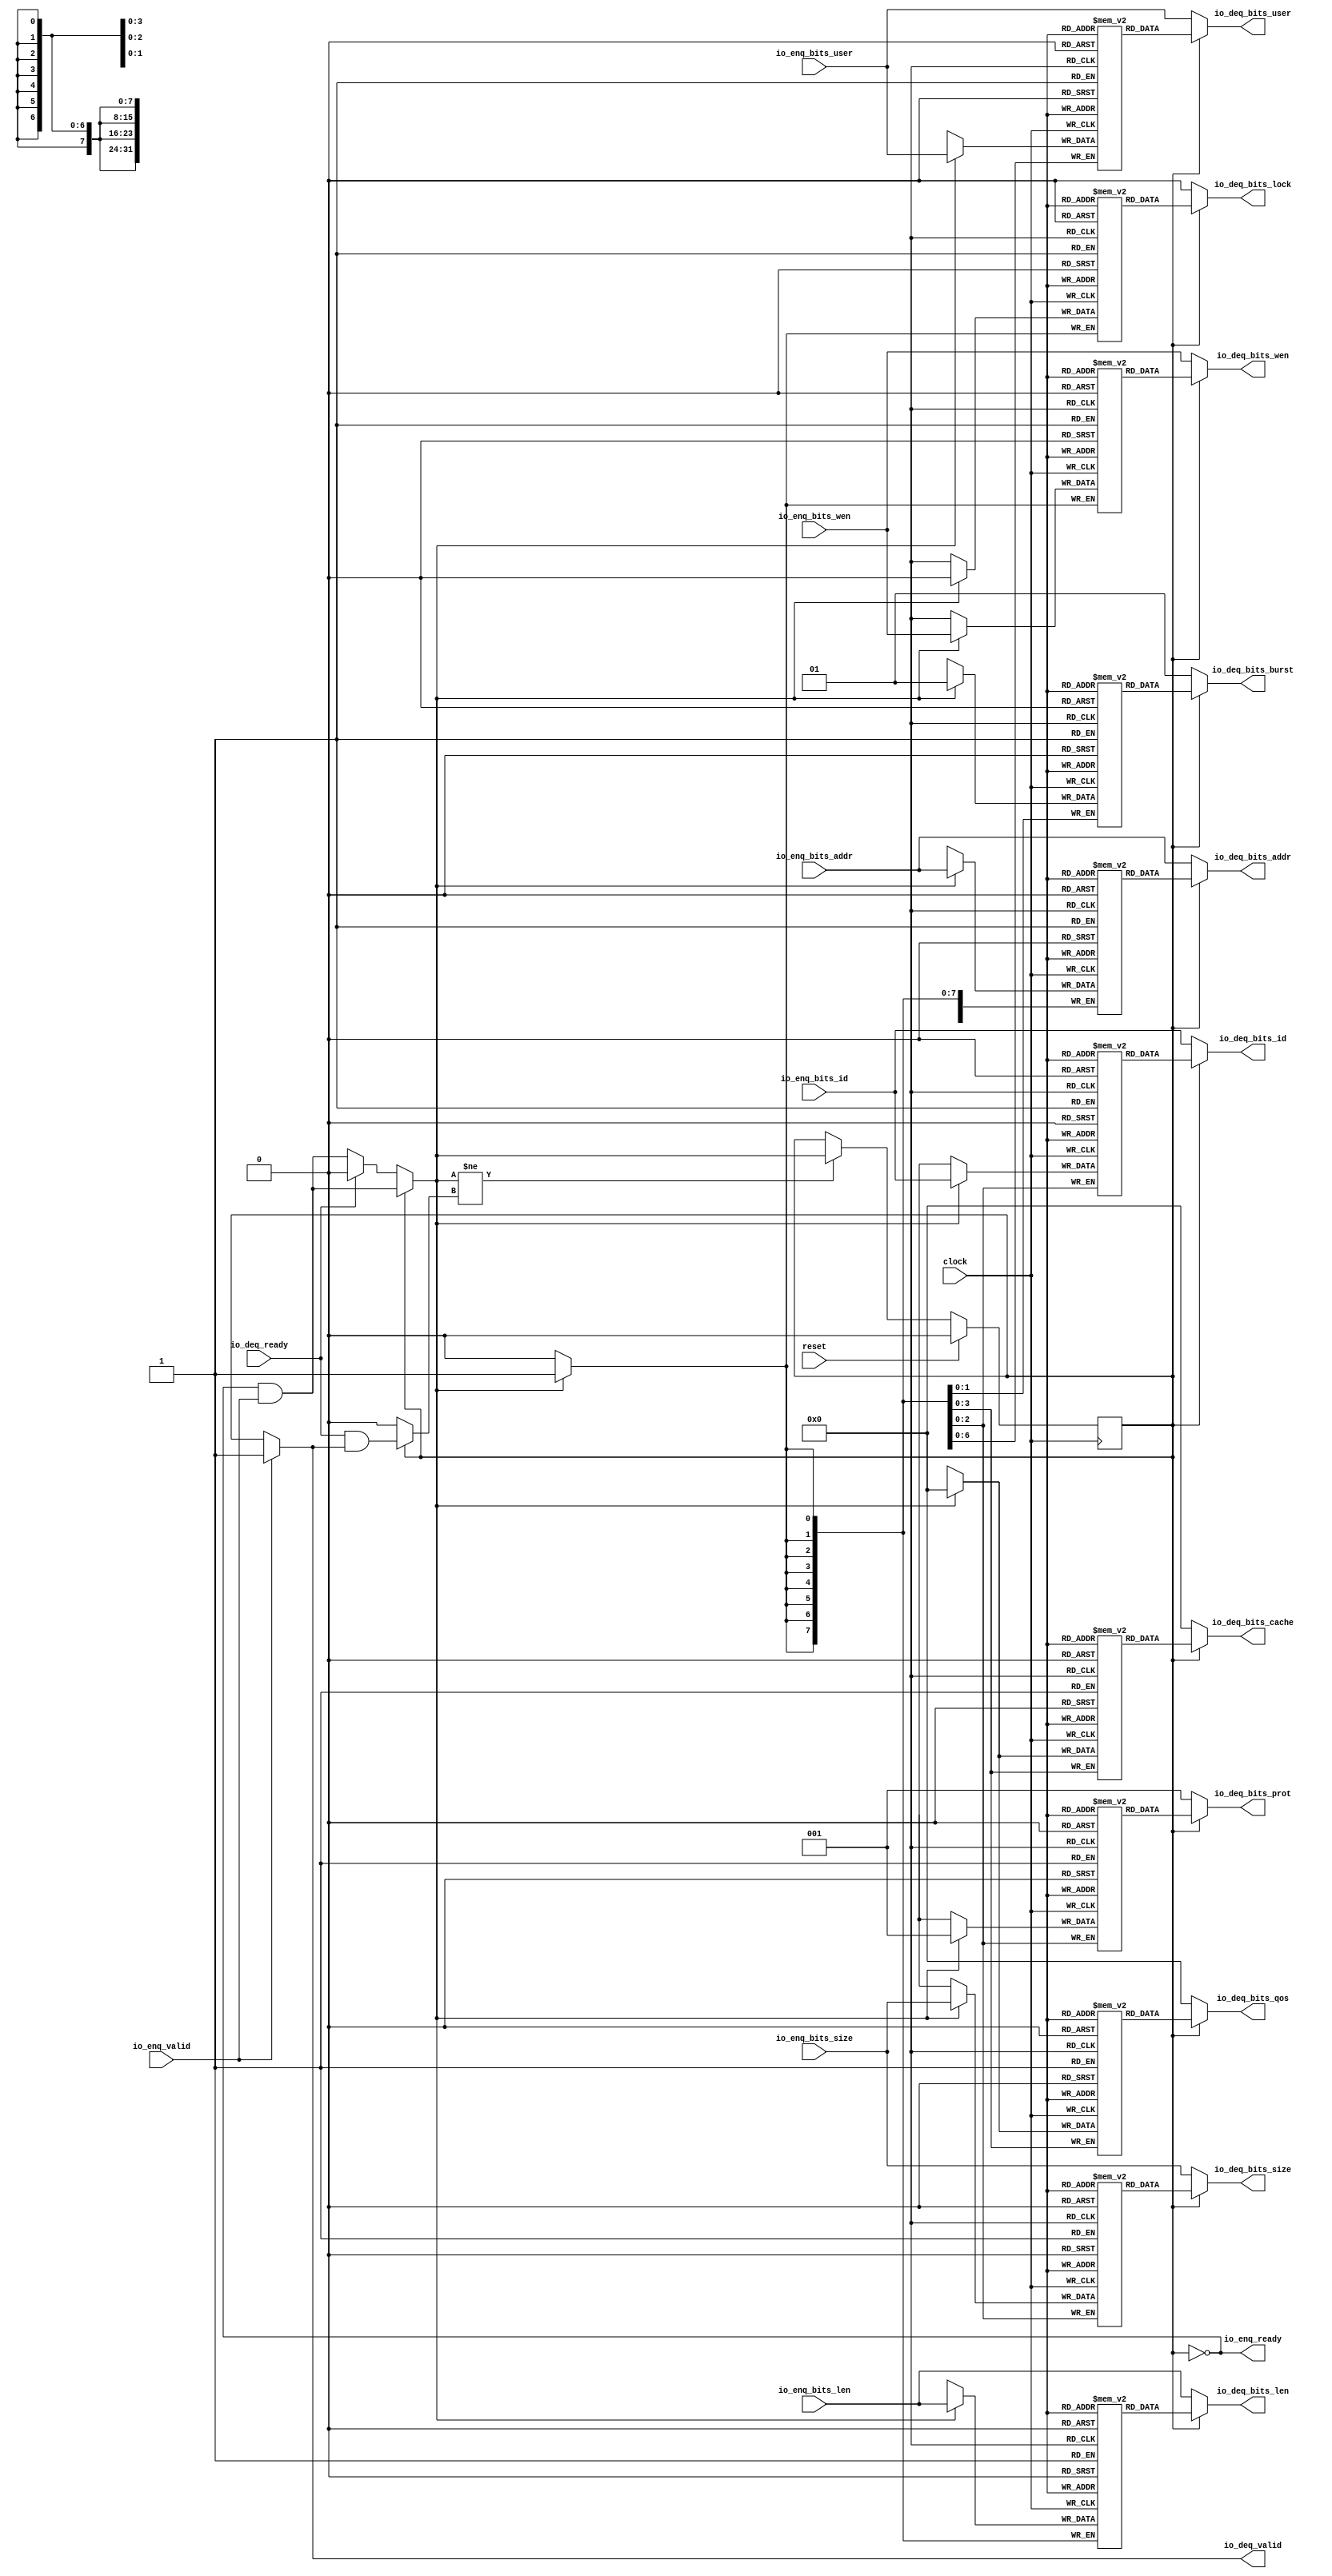
// Copyright (c) 2017, Microsemi Corporation
// All rights reserved.
//
// Redistribution and use in source and binary forms, with or without
// modification, are permitted provided that the following conditions are met:
//     * Redistributions of source code must retain the above copyright
//       notice, this list of conditions and the following disclaimer.
//     * Redistributions in binary form must reproduce the above copyright
//       notice, this list of conditions and the following disclaimer in the
//       documentation and/or other materials provided with the distribution.
//     * Neither the name of the <organization> nor the
//       names of its contributors may be used to endorse or promote products
//       derived from this software without specific prior written permission.
//
// THIS SOFTWARE IS PROVIDED BY THE COPYRIGHT HOLDERS AND CONTRIBUTORS "AS IS" AND
// ANY EXPRESS OR IMPLIED WARRANTIES, INCLUDING, BUT NOT LIMITED TO, THE IMPLIED
// WARRANTIES OF MERCHANTABILITY AND FITNESS FOR A PARTICULAR PURPOSE ARE
// DISCLAIMED. IN NO EVENT SHALL MICROSEMI CORPORATIONM BE LIABLE FOR ANY
// DIRECT, INDIRECT, INCIDENTAL, SPECIAL, EXEMPLARY, OR CONSEQUENTIAL DAMAGES
// (INCLUDING, BUT NOT LIMITED TO, PROCUREMENT OF SUBSTITUTE GOODS OR SERVICES;
// LOSS OF USE, DATA, OR PROFITS; OR BUSINESS INTERRUPTION) HOWEVER CAUSED AND
// ON ANY THEORY OF LIABILITY, WHETHER IN CONTRACT, STRICT LIABILITY, OR TORT
// (INCLUDING NEGLIGENCE OR OTHERWISE) ARISING IN ANY WAY OUT OF THE USE OF THIS
// SOFTWARE, EVEN IF ADVISED OF THE POSSIBILITY OF SUCH DAMAGE.
//
// APACHE LICENSE
// Copyright (c) 2017, Microsemi Corporation 
//
// Licensed under the Apache License, Version 2.0 (the "License");
// you may not use this file except in compliance with the License.
// You may obtain a copy of the License at
//
//    http://www.apache.org/licenses/LICENSE-2.0
//
// Unless required by applicable law or agreed to in writing, software
// distributed under the License is distributed on an "AS IS" BASIS,
// WITHOUT WARRANTIES OR CONDITIONS OF ANY KIND, either express or implied.
// See the License for the specific language governing permissions and
// limitations under the License.
//
// Description:
//
// SVN Revision Information:
// SVN $Revision: $
// SVN $Date: $
//
// Resolved SARs
// SAR      Date     Who   Description
//
// Notes:
//
// ****************************************************************************/
`ifndef RANDOMIZE_REG_INIT 
	 `define RANDOMIZE_REG_INIT 
 `endif
`ifndef RANDOMIZE_MEM_INIT 
	 `define RANDOMIZE_MEM_INIT 
 `endif
`ifndef RANDOMIZE 
	 `define RANDOMIZE 
`endif

`timescale 1ns/10ps
module MiV_AXI_MiV_AXI_0_MIV_RV32IMA_L1_AXI_QUEUE_17( // @[:freechips.rocketchip.system.MivRV32ImaL1AhbConfig.fir@111956.2]
  input         clock, // @[:freechips.rocketchip.system.MivRV32ImaL1AhbConfig.fir@111957.4]
  input         reset, // @[:freechips.rocketchip.system.MivRV32ImaL1AhbConfig.fir@111958.4]
  output        io_enq_ready, // @[:freechips.rocketchip.system.MivRV32ImaL1AhbConfig.fir@111959.4]
  input         io_enq_valid, // @[:freechips.rocketchip.system.MivRV32ImaL1AhbConfig.fir@111959.4]
  input  [2:0]  io_enq_bits_id, // @[:freechips.rocketchip.system.MivRV32ImaL1AhbConfig.fir@111959.4]
  input  [31:0] io_enq_bits_addr, // @[:freechips.rocketchip.system.MivRV32ImaL1AhbConfig.fir@111959.4]
  input  [7:0]  io_enq_bits_len, // @[:freechips.rocketchip.system.MivRV32ImaL1AhbConfig.fir@111959.4]
  input  [2:0]  io_enq_bits_size, // @[:freechips.rocketchip.system.MivRV32ImaL1AhbConfig.fir@111959.4]
  input  [6:0]  io_enq_bits_user, // @[:freechips.rocketchip.system.MivRV32ImaL1AhbConfig.fir@111959.4]
  input         io_enq_bits_wen, // @[:freechips.rocketchip.system.MivRV32ImaL1AhbConfig.fir@111959.4]
  input         io_deq_ready, // @[:freechips.rocketchip.system.MivRV32ImaL1AhbConfig.fir@111959.4]
  output        io_deq_valid, // @[:freechips.rocketchip.system.MivRV32ImaL1AhbConfig.fir@111959.4]
  output [2:0]  io_deq_bits_id, // @[:freechips.rocketchip.system.MivRV32ImaL1AhbConfig.fir@111959.4]
  output [31:0] io_deq_bits_addr, // @[:freechips.rocketchip.system.MivRV32ImaL1AhbConfig.fir@111959.4]
  output [7:0]  io_deq_bits_len, // @[:freechips.rocketchip.system.MivRV32ImaL1AhbConfig.fir@111959.4]
  output [2:0]  io_deq_bits_size, // @[:freechips.rocketchip.system.MivRV32ImaL1AhbConfig.fir@111959.4]
  output [1:0]  io_deq_bits_burst, // @[:freechips.rocketchip.system.MivRV32ImaL1AhbConfig.fir@111959.4]
  output        io_deq_bits_lock, // @[:freechips.rocketchip.system.MivRV32ImaL1AhbConfig.fir@111959.4]
  output [3:0]  io_deq_bits_cache, // @[:freechips.rocketchip.system.MivRV32ImaL1AhbConfig.fir@111959.4]
  output [2:0]  io_deq_bits_prot, // @[:freechips.rocketchip.system.MivRV32ImaL1AhbConfig.fir@111959.4]
  output [3:0]  io_deq_bits_qos, // @[:freechips.rocketchip.system.MivRV32ImaL1AhbConfig.fir@111959.4]
  output [6:0]  io_deq_bits_user, // @[:freechips.rocketchip.system.MivRV32ImaL1AhbConfig.fir@111959.4]
  output        io_deq_bits_wen // @[:freechips.rocketchip.system.MivRV32ImaL1AhbConfig.fir@111959.4]
);
  reg [2:0] ram_id [0:0] /* synthesis syn_ramstyle = "registers" */; // @[Decoupled.scala 211:24:freechips.rocketchip.system.MivRV32ImaL1AhbConfig.fir@111961.4]
  reg [31:0] _RAND_0;
  wire [2:0] ram_id__T_42_data; // @[Decoupled.scala 211:24:freechips.rocketchip.system.MivRV32ImaL1AhbConfig.fir@111961.4]
  wire  ram_id__T_42_addr; // @[Decoupled.scala 211:24:freechips.rocketchip.system.MivRV32ImaL1AhbConfig.fir@111961.4]
  wire [2:0] ram_id__T_33_data; // @[Decoupled.scala 211:24:freechips.rocketchip.system.MivRV32ImaL1AhbConfig.fir@111961.4]
  wire  ram_id__T_33_addr; // @[Decoupled.scala 211:24:freechips.rocketchip.system.MivRV32ImaL1AhbConfig.fir@111961.4]
  wire  ram_id__T_33_mask; // @[Decoupled.scala 211:24:freechips.rocketchip.system.MivRV32ImaL1AhbConfig.fir@111961.4]
  wire  ram_id__T_33_en; // @[Decoupled.scala 211:24:freechips.rocketchip.system.MivRV32ImaL1AhbConfig.fir@111961.4]
  reg [31:0] ram_addr [0:0] /* synthesis syn_ramstyle = "registers" */; // @[Decoupled.scala 211:24:freechips.rocketchip.system.MivRV32ImaL1AhbConfig.fir@111961.4]
  reg [31:0] _RAND_1;
  wire [31:0] ram_addr__T_42_data; // @[Decoupled.scala 211:24:freechips.rocketchip.system.MivRV32ImaL1AhbConfig.fir@111961.4]
  wire  ram_addr__T_42_addr; // @[Decoupled.scala 211:24:freechips.rocketchip.system.MivRV32ImaL1AhbConfig.fir@111961.4]
  wire [31:0] ram_addr__T_33_data; // @[Decoupled.scala 211:24:freechips.rocketchip.system.MivRV32ImaL1AhbConfig.fir@111961.4]
  wire  ram_addr__T_33_addr; // @[Decoupled.scala 211:24:freechips.rocketchip.system.MivRV32ImaL1AhbConfig.fir@111961.4]
  wire  ram_addr__T_33_mask; // @[Decoupled.scala 211:24:freechips.rocketchip.system.MivRV32ImaL1AhbConfig.fir@111961.4]
  wire  ram_addr__T_33_en; // @[Decoupled.scala 211:24:freechips.rocketchip.system.MivRV32ImaL1AhbConfig.fir@111961.4]
  reg [7:0] ram_len [0:0] /* synthesis syn_ramstyle = "registers" */; // @[Decoupled.scala 211:24:freechips.rocketchip.system.MivRV32ImaL1AhbConfig.fir@111961.4]
  reg [31:0] _RAND_2;
  wire [7:0] ram_len__T_42_data; // @[Decoupled.scala 211:24:freechips.rocketchip.system.MivRV32ImaL1AhbConfig.fir@111961.4]
  wire  ram_len__T_42_addr; // @[Decoupled.scala 211:24:freechips.rocketchip.system.MivRV32ImaL1AhbConfig.fir@111961.4]
  wire [7:0] ram_len__T_33_data; // @[Decoupled.scala 211:24:freechips.rocketchip.system.MivRV32ImaL1AhbConfig.fir@111961.4]
  wire  ram_len__T_33_addr; // @[Decoupled.scala 211:24:freechips.rocketchip.system.MivRV32ImaL1AhbConfig.fir@111961.4]
  wire  ram_len__T_33_mask; // @[Decoupled.scala 211:24:freechips.rocketchip.system.MivRV32ImaL1AhbConfig.fir@111961.4]
  wire  ram_len__T_33_en; // @[Decoupled.scala 211:24:freechips.rocketchip.system.MivRV32ImaL1AhbConfig.fir@111961.4]
  reg [2:0] ram_size [0:0] /* synthesis syn_ramstyle = "registers" */; // @[Decoupled.scala 211:24:freechips.rocketchip.system.MivRV32ImaL1AhbConfig.fir@111961.4]
  reg [31:0] _RAND_3;
  wire [2:0] ram_size__T_42_data; // @[Decoupled.scala 211:24:freechips.rocketchip.system.MivRV32ImaL1AhbConfig.fir@111961.4]
  wire  ram_size__T_42_addr; // @[Decoupled.scala 211:24:freechips.rocketchip.system.MivRV32ImaL1AhbConfig.fir@111961.4]
  wire [2:0] ram_size__T_33_data; // @[Decoupled.scala 211:24:freechips.rocketchip.system.MivRV32ImaL1AhbConfig.fir@111961.4]
  wire  ram_size__T_33_addr; // @[Decoupled.scala 211:24:freechips.rocketchip.system.MivRV32ImaL1AhbConfig.fir@111961.4]
  wire  ram_size__T_33_mask; // @[Decoupled.scala 211:24:freechips.rocketchip.system.MivRV32ImaL1AhbConfig.fir@111961.4]
  wire  ram_size__T_33_en; // @[Decoupled.scala 211:24:freechips.rocketchip.system.MivRV32ImaL1AhbConfig.fir@111961.4]
  reg [1:0] ram_burst [0:0] /* synthesis syn_ramstyle = "registers" */; // @[Decoupled.scala 211:24:freechips.rocketchip.system.MivRV32ImaL1AhbConfig.fir@111961.4]
  reg [31:0] _RAND_4;
  wire [1:0] ram_burst__T_42_data; // @[Decoupled.scala 211:24:freechips.rocketchip.system.MivRV32ImaL1AhbConfig.fir@111961.4]
  wire  ram_burst__T_42_addr; // @[Decoupled.scala 211:24:freechips.rocketchip.system.MivRV32ImaL1AhbConfig.fir@111961.4]
  wire [1:0] ram_burst__T_33_data; // @[Decoupled.scala 211:24:freechips.rocketchip.system.MivRV32ImaL1AhbConfig.fir@111961.4]
  wire  ram_burst__T_33_addr; // @[Decoupled.scala 211:24:freechips.rocketchip.system.MivRV32ImaL1AhbConfig.fir@111961.4]
  wire  ram_burst__T_33_mask; // @[Decoupled.scala 211:24:freechips.rocketchip.system.MivRV32ImaL1AhbConfig.fir@111961.4]
  wire  ram_burst__T_33_en; // @[Decoupled.scala 211:24:freechips.rocketchip.system.MivRV32ImaL1AhbConfig.fir@111961.4]
  reg  ram_lock [0:0]; // @[Decoupled.scala 211:24:freechips.rocketchip.system.MivRV32ImaL1AhbConfig.fir@111961.4]
  reg [31:0] _RAND_5;
  wire  ram_lock__T_42_data; // @[Decoupled.scala 211:24:freechips.rocketchip.system.MivRV32ImaL1AhbConfig.fir@111961.4]
  wire  ram_lock__T_42_addr; // @[Decoupled.scala 211:24:freechips.rocketchip.system.MivRV32ImaL1AhbConfig.fir@111961.4]
  wire  ram_lock__T_33_data; // @[Decoupled.scala 211:24:freechips.rocketchip.system.MivRV32ImaL1AhbConfig.fir@111961.4]
  wire  ram_lock__T_33_addr; // @[Decoupled.scala 211:24:freechips.rocketchip.system.MivRV32ImaL1AhbConfig.fir@111961.4]
  wire  ram_lock__T_33_mask; // @[Decoupled.scala 211:24:freechips.rocketchip.system.MivRV32ImaL1AhbConfig.fir@111961.4]
  wire  ram_lock__T_33_en; // @[Decoupled.scala 211:24:freechips.rocketchip.system.MivRV32ImaL1AhbConfig.fir@111961.4]
  reg [3:0] ram_cache [0:0] /* synthesis syn_ramstyle = "registers" */; // @[Decoupled.scala 211:24:freechips.rocketchip.system.MivRV32ImaL1AhbConfig.fir@111961.4]
  reg [31:0] _RAND_6;
  wire [3:0] ram_cache__T_42_data; // @[Decoupled.scala 211:24:freechips.rocketchip.system.MivRV32ImaL1AhbConfig.fir@111961.4]
  wire  ram_cache__T_42_addr; // @[Decoupled.scala 211:24:freechips.rocketchip.system.MivRV32ImaL1AhbConfig.fir@111961.4]
  wire [3:0] ram_cache__T_33_data; // @[Decoupled.scala 211:24:freechips.rocketchip.system.MivRV32ImaL1AhbConfig.fir@111961.4]
  wire  ram_cache__T_33_addr; // @[Decoupled.scala 211:24:freechips.rocketchip.system.MivRV32ImaL1AhbConfig.fir@111961.4]
  wire  ram_cache__T_33_mask; // @[Decoupled.scala 211:24:freechips.rocketchip.system.MivRV32ImaL1AhbConfig.fir@111961.4]
  wire  ram_cache__T_33_en; // @[Decoupled.scala 211:24:freechips.rocketchip.system.MivRV32ImaL1AhbConfig.fir@111961.4]
  reg [2:0] ram_prot [0:0] /* synthesis syn_ramstyle = "registers" */; // @[Decoupled.scala 211:24:freechips.rocketchip.system.MivRV32ImaL1AhbConfig.fir@111961.4]
  reg [31:0] _RAND_7;
  wire [2:0] ram_prot__T_42_data; // @[Decoupled.scala 211:24:freechips.rocketchip.system.MivRV32ImaL1AhbConfig.fir@111961.4]
  wire  ram_prot__T_42_addr; // @[Decoupled.scala 211:24:freechips.rocketchip.system.MivRV32ImaL1AhbConfig.fir@111961.4]
  wire [2:0] ram_prot__T_33_data; // @[Decoupled.scala 211:24:freechips.rocketchip.system.MivRV32ImaL1AhbConfig.fir@111961.4]
  wire  ram_prot__T_33_addr; // @[Decoupled.scala 211:24:freechips.rocketchip.system.MivRV32ImaL1AhbConfig.fir@111961.4]
  wire  ram_prot__T_33_mask; // @[Decoupled.scala 211:24:freechips.rocketchip.system.MivRV32ImaL1AhbConfig.fir@111961.4]
  wire  ram_prot__T_33_en; // @[Decoupled.scala 211:24:freechips.rocketchip.system.MivRV32ImaL1AhbConfig.fir@111961.4]
  reg [3:0] ram_qos [0:0] /* synthesis syn_ramstyle = "registers" */; // @[Decoupled.scala 211:24:freechips.rocketchip.system.MivRV32ImaL1AhbConfig.fir@111961.4]
  reg [31:0] _RAND_8;
  wire [3:0] ram_qos__T_42_data; // @[Decoupled.scala 211:24:freechips.rocketchip.system.MivRV32ImaL1AhbConfig.fir@111961.4]
  wire  ram_qos__T_42_addr; // @[Decoupled.scala 211:24:freechips.rocketchip.system.MivRV32ImaL1AhbConfig.fir@111961.4]
  wire [3:0] ram_qos__T_33_data; // @[Decoupled.scala 211:24:freechips.rocketchip.system.MivRV32ImaL1AhbConfig.fir@111961.4]
  wire  ram_qos__T_33_addr; // @[Decoupled.scala 211:24:freechips.rocketchip.system.MivRV32ImaL1AhbConfig.fir@111961.4]
  wire  ram_qos__T_33_mask; // @[Decoupled.scala 211:24:freechips.rocketchip.system.MivRV32ImaL1AhbConfig.fir@111961.4]
  wire  ram_qos__T_33_en; // @[Decoupled.scala 211:24:freechips.rocketchip.system.MivRV32ImaL1AhbConfig.fir@111961.4]
  reg [6:0] ram_user [0:0] /* synthesis syn_ramstyle = "registers" */; // @[Decoupled.scala 211:24:freechips.rocketchip.system.MivRV32ImaL1AhbConfig.fir@111961.4]
  reg [31:0] _RAND_9;
  wire [6:0] ram_user__T_42_data; // @[Decoupled.scala 211:24:freechips.rocketchip.system.MivRV32ImaL1AhbConfig.fir@111961.4]
  wire  ram_user__T_42_addr; // @[Decoupled.scala 211:24:freechips.rocketchip.system.MivRV32ImaL1AhbConfig.fir@111961.4]
  wire [6:0] ram_user__T_33_data; // @[Decoupled.scala 211:24:freechips.rocketchip.system.MivRV32ImaL1AhbConfig.fir@111961.4]
  wire  ram_user__T_33_addr; // @[Decoupled.scala 211:24:freechips.rocketchip.system.MivRV32ImaL1AhbConfig.fir@111961.4]
  wire  ram_user__T_33_mask; // @[Decoupled.scala 211:24:freechips.rocketchip.system.MivRV32ImaL1AhbConfig.fir@111961.4]
  wire  ram_user__T_33_en; // @[Decoupled.scala 211:24:freechips.rocketchip.system.MivRV32ImaL1AhbConfig.fir@111961.4]
  reg  ram_wen [0:0]; // @[Decoupled.scala 211:24:freechips.rocketchip.system.MivRV32ImaL1AhbConfig.fir@111961.4]
  reg [31:0] _RAND_10;
  wire  ram_wen__T_42_data; // @[Decoupled.scala 211:24:freechips.rocketchip.system.MivRV32ImaL1AhbConfig.fir@111961.4]
  wire  ram_wen__T_42_addr; // @[Decoupled.scala 211:24:freechips.rocketchip.system.MivRV32ImaL1AhbConfig.fir@111961.4]
  wire  ram_wen__T_33_data; // @[Decoupled.scala 211:24:freechips.rocketchip.system.MivRV32ImaL1AhbConfig.fir@111961.4]
  wire  ram_wen__T_33_addr; // @[Decoupled.scala 211:24:freechips.rocketchip.system.MivRV32ImaL1AhbConfig.fir@111961.4]
  wire  ram_wen__T_33_mask; // @[Decoupled.scala 211:24:freechips.rocketchip.system.MivRV32ImaL1AhbConfig.fir@111961.4]
  wire  ram_wen__T_33_en; // @[Decoupled.scala 211:24:freechips.rocketchip.system.MivRV32ImaL1AhbConfig.fir@111961.4]
  reg  maybe_full; // @[Decoupled.scala 214:35:freechips.rocketchip.system.MivRV32ImaL1AhbConfig.fir@111962.4]
  reg [31:0] _RAND_11;
  wire  empty; // @[Decoupled.scala 217:36:freechips.rocketchip.system.MivRV32ImaL1AhbConfig.fir@111964.4]
  wire  _T_28; // @[Decoupled.scala 30:37:freechips.rocketchip.system.MivRV32ImaL1AhbConfig.fir@111967.4]
  wire  _T_30; // @[Decoupled.scala 30:37:freechips.rocketchip.system.MivRV32ImaL1AhbConfig.fir@111970.4]
  wire  _GEN_16; // @[Decoupled.scala 242:27:freechips.rocketchip.system.MivRV32ImaL1AhbConfig.fir@112025.6]
  wire  do_enq; // @[Decoupled.scala 239:18:freechips.rocketchip.system.MivRV32ImaL1AhbConfig.fir@112012.4]
  wire  do_deq; // @[Decoupled.scala 239:18:freechips.rocketchip.system.MivRV32ImaL1AhbConfig.fir@112012.4]
  wire  _T_36; // @[Decoupled.scala 229:16:freechips.rocketchip.system.MivRV32ImaL1AhbConfig.fir@111989.4]
  wire  _GEN_14; // @[Decoupled.scala 229:27:freechips.rocketchip.system.MivRV32ImaL1AhbConfig.fir@111990.4]
  wire  _T_38; // @[Decoupled.scala 233:19:freechips.rocketchip.system.MivRV32ImaL1AhbConfig.fir@111993.4]
  wire  _GEN_15; // @[Decoupled.scala 238:25:freechips.rocketchip.system.MivRV32ImaL1AhbConfig.fir@112009.4]
  wire  _GEN_17; // @[Decoupled.scala 239:18:freechips.rocketchip.system.MivRV32ImaL1AhbConfig.fir@112012.4]
  wire [6:0] _GEN_18; // @[Decoupled.scala 239:18:freechips.rocketchip.system.MivRV32ImaL1AhbConfig.fir@112012.4]
  wire [3:0] _GEN_19; // @[Decoupled.scala 239:18:freechips.rocketchip.system.MivRV32ImaL1AhbConfig.fir@112012.4]
  wire [2:0] _GEN_20; // @[Decoupled.scala 239:18:freechips.rocketchip.system.MivRV32ImaL1AhbConfig.fir@112012.4]
  wire [3:0] _GEN_21; // @[Decoupled.scala 239:18:freechips.rocketchip.system.MivRV32ImaL1AhbConfig.fir@112012.4]
  wire  _GEN_22; // @[Decoupled.scala 239:18:freechips.rocketchip.system.MivRV32ImaL1AhbConfig.fir@112012.4]
  wire [1:0] _GEN_23; // @[Decoupled.scala 239:18:freechips.rocketchip.system.MivRV32ImaL1AhbConfig.fir@112012.4]
  wire [2:0] _GEN_24; // @[Decoupled.scala 239:18:freechips.rocketchip.system.MivRV32ImaL1AhbConfig.fir@112012.4]
  wire [7:0] _GEN_25; // @[Decoupled.scala 239:18:freechips.rocketchip.system.MivRV32ImaL1AhbConfig.fir@112012.4]
  wire [31:0] _GEN_26; // @[Decoupled.scala 239:18:freechips.rocketchip.system.MivRV32ImaL1AhbConfig.fir@112012.4]
  wire [2:0] _GEN_27; // @[Decoupled.scala 239:18:freechips.rocketchip.system.MivRV32ImaL1AhbConfig.fir@112012.4]
  assign ram_id__T_42_addr = 1'h0;
  assign ram_id__T_42_data = ram_id[ram_id__T_42_addr]; // @[Decoupled.scala 211:24:freechips.rocketchip.system.MivRV32ImaL1AhbConfig.fir@111961.4]
  assign ram_id__T_33_data = io_enq_bits_id;
  assign ram_id__T_33_addr = 1'h0;
  assign ram_id__T_33_mask = do_enq;
  assign ram_id__T_33_en = do_enq;
  assign ram_addr__T_42_addr = 1'h0;
  assign ram_addr__T_42_data = ram_addr[ram_addr__T_42_addr]; // @[Decoupled.scala 211:24:freechips.rocketchip.system.MivRV32ImaL1AhbConfig.fir@111961.4]
  assign ram_addr__T_33_data = io_enq_bits_addr;
  assign ram_addr__T_33_addr = 1'h0;
  assign ram_addr__T_33_mask = do_enq;
  assign ram_addr__T_33_en = do_enq;
  assign ram_len__T_42_addr = 1'h0;
  assign ram_len__T_42_data = ram_len[ram_len__T_42_addr]; // @[Decoupled.scala 211:24:freechips.rocketchip.system.MivRV32ImaL1AhbConfig.fir@111961.4]
  assign ram_len__T_33_data = io_enq_bits_len;
  assign ram_len__T_33_addr = 1'h0;
  assign ram_len__T_33_mask = do_enq;
  assign ram_len__T_33_en = do_enq;
  assign ram_size__T_42_addr = 1'h0;
  assign ram_size__T_42_data = ram_size[ram_size__T_42_addr]; // @[Decoupled.scala 211:24:freechips.rocketchip.system.MivRV32ImaL1AhbConfig.fir@111961.4]
  assign ram_size__T_33_data = io_enq_bits_size;
  assign ram_size__T_33_addr = 1'h0;
  assign ram_size__T_33_mask = do_enq;
  assign ram_size__T_33_en = do_enq;
  assign ram_burst__T_42_addr = 1'h0;
  assign ram_burst__T_42_data = ram_burst[ram_burst__T_42_addr]; // @[Decoupled.scala 211:24:freechips.rocketchip.system.MivRV32ImaL1AhbConfig.fir@111961.4]
  assign ram_burst__T_33_data = 2'h1;
  assign ram_burst__T_33_addr = 1'h0;
  assign ram_burst__T_33_mask = do_enq;
  assign ram_burst__T_33_en = do_enq;
  assign ram_lock__T_42_addr = 1'h0;
  assign ram_lock__T_42_data = ram_lock[ram_lock__T_42_addr]; // @[Decoupled.scala 211:24:freechips.rocketchip.system.MivRV32ImaL1AhbConfig.fir@111961.4]
  assign ram_lock__T_33_data = 1'h0;
  assign ram_lock__T_33_addr = 1'h0;
  assign ram_lock__T_33_mask = do_enq;
  assign ram_lock__T_33_en = do_enq;
  assign ram_cache__T_42_addr = 1'h0;
  assign ram_cache__T_42_data = ram_cache[ram_cache__T_42_addr]; // @[Decoupled.scala 211:24:freechips.rocketchip.system.MivRV32ImaL1AhbConfig.fir@111961.4]
  assign ram_cache__T_33_data = 4'h0;
  assign ram_cache__T_33_addr = 1'h0;
  assign ram_cache__T_33_mask = do_enq;
  assign ram_cache__T_33_en = do_enq;
  assign ram_prot__T_42_addr = 1'h0;
  assign ram_prot__T_42_data = ram_prot[ram_prot__T_42_addr]; // @[Decoupled.scala 211:24:freechips.rocketchip.system.MivRV32ImaL1AhbConfig.fir@111961.4]
  assign ram_prot__T_33_data = 3'h1;
  assign ram_prot__T_33_addr = 1'h0;
  assign ram_prot__T_33_mask = do_enq;
  assign ram_prot__T_33_en = do_enq;
  assign ram_qos__T_42_addr = 1'h0;
  assign ram_qos__T_42_data = ram_qos[ram_qos__T_42_addr]; // @[Decoupled.scala 211:24:freechips.rocketchip.system.MivRV32ImaL1AhbConfig.fir@111961.4]
  assign ram_qos__T_33_data = 4'h0;
  assign ram_qos__T_33_addr = 1'h0;
  assign ram_qos__T_33_mask = do_enq;
  assign ram_qos__T_33_en = do_enq;
  assign ram_user__T_42_addr = 1'h0;
  assign ram_user__T_42_data = ram_user[ram_user__T_42_addr]; // @[Decoupled.scala 211:24:freechips.rocketchip.system.MivRV32ImaL1AhbConfig.fir@111961.4]
  assign ram_user__T_33_data = io_enq_bits_user;
  assign ram_user__T_33_addr = 1'h0;
  assign ram_user__T_33_mask = do_enq;
  assign ram_user__T_33_en = do_enq;
  assign ram_wen__T_42_addr = 1'h0;
  assign ram_wen__T_42_data = ram_wen[ram_wen__T_42_addr]; // @[Decoupled.scala 211:24:freechips.rocketchip.system.MivRV32ImaL1AhbConfig.fir@111961.4]
  assign ram_wen__T_33_data = io_enq_bits_wen;
  assign ram_wen__T_33_addr = 1'h0;
  assign ram_wen__T_33_mask = do_enq;
  assign ram_wen__T_33_en = do_enq;
  assign empty = maybe_full == 1'h0; // @[Decoupled.scala 217:36:freechips.rocketchip.system.MivRV32ImaL1AhbConfig.fir@111964.4]
  assign _T_28 = io_enq_ready & io_enq_valid; // @[Decoupled.scala 30:37:freechips.rocketchip.system.MivRV32ImaL1AhbConfig.fir@111967.4]
  assign _T_30 = io_deq_ready & io_deq_valid; // @[Decoupled.scala 30:37:freechips.rocketchip.system.MivRV32ImaL1AhbConfig.fir@111970.4]
  assign _GEN_16 = io_deq_ready ? 1'h0 : _T_28; // @[Decoupled.scala 242:27:freechips.rocketchip.system.MivRV32ImaL1AhbConfig.fir@112025.6]
  assign do_enq = empty ? _GEN_16 : _T_28; // @[Decoupled.scala 239:18:freechips.rocketchip.system.MivRV32ImaL1AhbConfig.fir@112012.4]
  assign do_deq = empty ? 1'h0 : _T_30; // @[Decoupled.scala 239:18:freechips.rocketchip.system.MivRV32ImaL1AhbConfig.fir@112012.4]
  assign _T_36 = do_enq != do_deq; // @[Decoupled.scala 229:16:freechips.rocketchip.system.MivRV32ImaL1AhbConfig.fir@111989.4]
  assign _GEN_14 = _T_36 ? do_enq : maybe_full; // @[Decoupled.scala 229:27:freechips.rocketchip.system.MivRV32ImaL1AhbConfig.fir@111990.4]
  assign _T_38 = empty == 1'h0; // @[Decoupled.scala 233:19:freechips.rocketchip.system.MivRV32ImaL1AhbConfig.fir@111993.4]
  assign _GEN_15 = io_enq_valid ? 1'h1 : _T_38; // @[Decoupled.scala 238:25:freechips.rocketchip.system.MivRV32ImaL1AhbConfig.fir@112009.4]
  assign _GEN_17 = empty ? io_enq_bits_wen : ram_wen__T_42_data; // @[Decoupled.scala 239:18:freechips.rocketchip.system.MivRV32ImaL1AhbConfig.fir@112012.4]
  assign _GEN_18 = empty ? io_enq_bits_user : ram_user__T_42_data; // @[Decoupled.scala 239:18:freechips.rocketchip.system.MivRV32ImaL1AhbConfig.fir@112012.4]
  assign _GEN_19 = empty ? 4'h0 : ram_qos__T_42_data; // @[Decoupled.scala 239:18:freechips.rocketchip.system.MivRV32ImaL1AhbConfig.fir@112012.4]
  assign _GEN_20 = empty ? 3'h1 : ram_prot__T_42_data; // @[Decoupled.scala 239:18:freechips.rocketchip.system.MivRV32ImaL1AhbConfig.fir@112012.4]
  assign _GEN_21 = empty ? 4'h0 : ram_cache__T_42_data; // @[Decoupled.scala 239:18:freechips.rocketchip.system.MivRV32ImaL1AhbConfig.fir@112012.4]
  assign _GEN_22 = empty ? 1'h0 : ram_lock__T_42_data; // @[Decoupled.scala 239:18:freechips.rocketchip.system.MivRV32ImaL1AhbConfig.fir@112012.4]
  assign _GEN_23 = empty ? 2'h1 : ram_burst__T_42_data; // @[Decoupled.scala 239:18:freechips.rocketchip.system.MivRV32ImaL1AhbConfig.fir@112012.4]
  assign _GEN_24 = empty ? io_enq_bits_size : ram_size__T_42_data; // @[Decoupled.scala 239:18:freechips.rocketchip.system.MivRV32ImaL1AhbConfig.fir@112012.4]
  assign _GEN_25 = empty ? io_enq_bits_len : ram_len__T_42_data; // @[Decoupled.scala 239:18:freechips.rocketchip.system.MivRV32ImaL1AhbConfig.fir@112012.4]
  assign _GEN_26 = empty ? io_enq_bits_addr : ram_addr__T_42_data; // @[Decoupled.scala 239:18:freechips.rocketchip.system.MivRV32ImaL1AhbConfig.fir@112012.4]
  assign _GEN_27 = empty ? io_enq_bits_id : ram_id__T_42_data; // @[Decoupled.scala 239:18:freechips.rocketchip.system.MivRV32ImaL1AhbConfig.fir@112012.4]
  assign io_enq_ready = empty;
  assign io_deq_valid = _GEN_15;
  assign io_deq_bits_id = _GEN_27;
  assign io_deq_bits_addr = _GEN_26;
  assign io_deq_bits_len = _GEN_25;
  assign io_deq_bits_size = _GEN_24;
  assign io_deq_bits_burst = _GEN_23;
  assign io_deq_bits_lock = _GEN_22;
  assign io_deq_bits_cache = _GEN_21;
  assign io_deq_bits_prot = _GEN_20;
  assign io_deq_bits_qos = _GEN_19;
  assign io_deq_bits_user = _GEN_18;
  assign io_deq_bits_wen = _GEN_17;
`ifdef RANDOMIZE
  integer initvar;
  initial begin
    `ifndef verilator
      #0.002 begin end
    `endif
  _RAND_0 = {1{32'b0}};
  `ifdef RANDOMIZE_MEM_INIT
  for (initvar = 0; initvar < 1; initvar = initvar+1)
    ram_id[initvar] = _RAND_0[2:0];
  `endif // RANDOMIZE_MEM_INIT
  _RAND_1 = {1{32'b0}};
  `ifdef RANDOMIZE_MEM_INIT
  for (initvar = 0; initvar < 1; initvar = initvar+1)
    ram_addr[initvar] = _RAND_1[31:0];
  `endif // RANDOMIZE_MEM_INIT
  _RAND_2 = {1{32'b0}};
  `ifdef RANDOMIZE_MEM_INIT
  for (initvar = 0; initvar < 1; initvar = initvar+1)
    ram_len[initvar] = _RAND_2[7:0];
  `endif // RANDOMIZE_MEM_INIT
  _RAND_3 = {1{32'b0}};
  `ifdef RANDOMIZE_MEM_INIT
  for (initvar = 0; initvar < 1; initvar = initvar+1)
    ram_size[initvar] = _RAND_3[2:0];
  `endif // RANDOMIZE_MEM_INIT
  _RAND_4 = {1{32'b0}};
  `ifdef RANDOMIZE_MEM_INIT
  for (initvar = 0; initvar < 1; initvar = initvar+1)
    ram_burst[initvar] = _RAND_4[1:0];
  `endif // RANDOMIZE_MEM_INIT
  _RAND_5 = {1{32'b0}};
  `ifdef RANDOMIZE_MEM_INIT
  for (initvar = 0; initvar < 1; initvar = initvar+1)
    ram_lock[initvar] = _RAND_5[0:0];
  `endif // RANDOMIZE_MEM_INIT
  _RAND_6 = {1{32'b0}};
  `ifdef RANDOMIZE_MEM_INIT
  for (initvar = 0; initvar < 1; initvar = initvar+1)
    ram_cache[initvar] = _RAND_6[3:0];
  `endif // RANDOMIZE_MEM_INIT
  _RAND_7 = {1{32'b0}};
  `ifdef RANDOMIZE_MEM_INIT
  for (initvar = 0; initvar < 1; initvar = initvar+1)
    ram_prot[initvar] = _RAND_7[2:0];
  `endif // RANDOMIZE_MEM_INIT
  _RAND_8 = {1{32'b0}};
  `ifdef RANDOMIZE_MEM_INIT
  for (initvar = 0; initvar < 1; initvar = initvar+1)
    ram_qos[initvar] = _RAND_8[3:0];
  `endif // RANDOMIZE_MEM_INIT
  _RAND_9 = {1{32'b0}};
  `ifdef RANDOMIZE_MEM_INIT
  for (initvar = 0; initvar < 1; initvar = initvar+1)
    ram_user[initvar] = _RAND_9[6:0];
  `endif // RANDOMIZE_MEM_INIT
  _RAND_10 = {1{32'b0}};
  `ifdef RANDOMIZE_MEM_INIT
  for (initvar = 0; initvar < 1; initvar = initvar+1)
    ram_wen[initvar] = _RAND_10[0:0];
  `endif // RANDOMIZE_MEM_INIT
  `ifdef RANDOMIZE_REG_INIT
  _RAND_11 = {1{32'b0}};
  maybe_full = _RAND_11[0:0];
  `endif // RANDOMIZE_REG_INIT
  end
`endif // RANDOMIZE
  always @(posedge clock) begin
    if(ram_id__T_33_en & ram_id__T_33_mask) begin
      ram_id[ram_id__T_33_addr] <= ram_id__T_33_data; // @[Decoupled.scala 211:24:freechips.rocketchip.system.MivRV32ImaL1AhbConfig.fir@111961.4]
    end
    if(ram_addr__T_33_en & ram_addr__T_33_mask) begin
      ram_addr[ram_addr__T_33_addr] <= ram_addr__T_33_data; // @[Decoupled.scala 211:24:freechips.rocketchip.system.MivRV32ImaL1AhbConfig.fir@111961.4]
    end
    if(ram_len__T_33_en & ram_len__T_33_mask) begin
      ram_len[ram_len__T_33_addr] <= ram_len__T_33_data; // @[Decoupled.scala 211:24:freechips.rocketchip.system.MivRV32ImaL1AhbConfig.fir@111961.4]
    end
    if(ram_size__T_33_en & ram_size__T_33_mask) begin
      ram_size[ram_size__T_33_addr] <= ram_size__T_33_data; // @[Decoupled.scala 211:24:freechips.rocketchip.system.MivRV32ImaL1AhbConfig.fir@111961.4]
    end
    if(ram_burst__T_33_en & ram_burst__T_33_mask) begin
      ram_burst[ram_burst__T_33_addr] <= ram_burst__T_33_data; // @[Decoupled.scala 211:24:freechips.rocketchip.system.MivRV32ImaL1AhbConfig.fir@111961.4]
    end
    if(ram_lock__T_33_en & ram_lock__T_33_mask) begin
      ram_lock[ram_lock__T_33_addr] <= ram_lock__T_33_data; // @[Decoupled.scala 211:24:freechips.rocketchip.system.MivRV32ImaL1AhbConfig.fir@111961.4]
    end
    if(ram_cache__T_33_en & ram_cache__T_33_mask) begin
      ram_cache[ram_cache__T_33_addr] <= ram_cache__T_33_data; // @[Decoupled.scala 211:24:freechips.rocketchip.system.MivRV32ImaL1AhbConfig.fir@111961.4]
    end
    if(ram_prot__T_33_en & ram_prot__T_33_mask) begin
      ram_prot[ram_prot__T_33_addr] <= ram_prot__T_33_data; // @[Decoupled.scala 211:24:freechips.rocketchip.system.MivRV32ImaL1AhbConfig.fir@111961.4]
    end
    if(ram_qos__T_33_en & ram_qos__T_33_mask) begin
      ram_qos[ram_qos__T_33_addr] <= ram_qos__T_33_data; // @[Decoupled.scala 211:24:freechips.rocketchip.system.MivRV32ImaL1AhbConfig.fir@111961.4]
    end
    if(ram_user__T_33_en & ram_user__T_33_mask) begin
      ram_user[ram_user__T_33_addr] <= ram_user__T_33_data; // @[Decoupled.scala 211:24:freechips.rocketchip.system.MivRV32ImaL1AhbConfig.fir@111961.4]
    end
    if(ram_wen__T_33_en & ram_wen__T_33_mask) begin
      ram_wen[ram_wen__T_33_addr] <= ram_wen__T_33_data; // @[Decoupled.scala 211:24:freechips.rocketchip.system.MivRV32ImaL1AhbConfig.fir@111961.4]
    end
    if (reset) begin
      maybe_full <= 1'h0;
    end else begin
      if (_T_36) begin
        if (empty) begin
          if (io_deq_ready) begin
            maybe_full <= 1'h0;
          end else begin
            maybe_full <= _T_28;
          end
        end else begin
          maybe_full <= _T_28;
        end
      end
    end
  end
endmodule